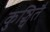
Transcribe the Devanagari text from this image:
कुञ्चितै